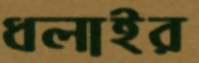
ধলাইর